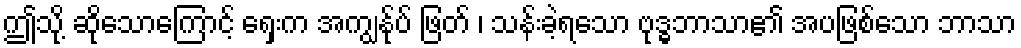
ဤသို့ ဆိုသောကြောင့် ရှေးက အကျွန်ုပ် ဖြတ် ၊ သန်းခဲ့ရသော ဗုဒ္ဓဘာသာ၏ အပဖြစ်သော ဘာသာ